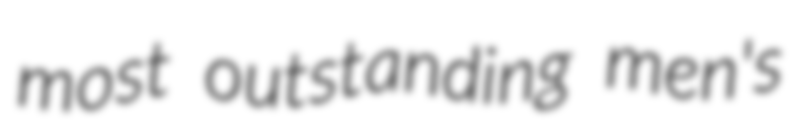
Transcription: most outstanding men's